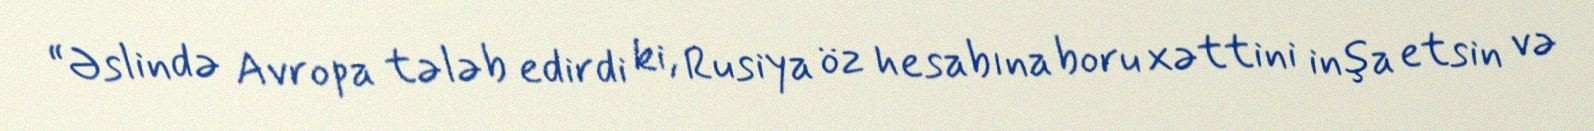
“Əslində Avropa tələb edirdi ki, Rusiya öz hesabına boru xəttini inşa etsin və